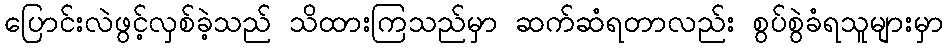
ပြောင်းလဲဖွင့်လှစ်ခဲ့သည် သိထားကြသည်မှာ ဆက်ဆံရတာလည်း စွပ်စွဲခံရသူများမှာ